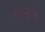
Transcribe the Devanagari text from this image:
सरनोफ